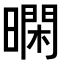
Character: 𭧴